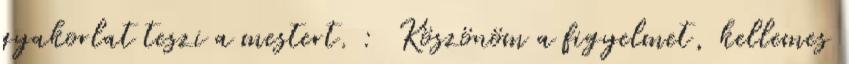
gyakorlat teszi a mestert. : Köszönöm a figyelmet, kellemes